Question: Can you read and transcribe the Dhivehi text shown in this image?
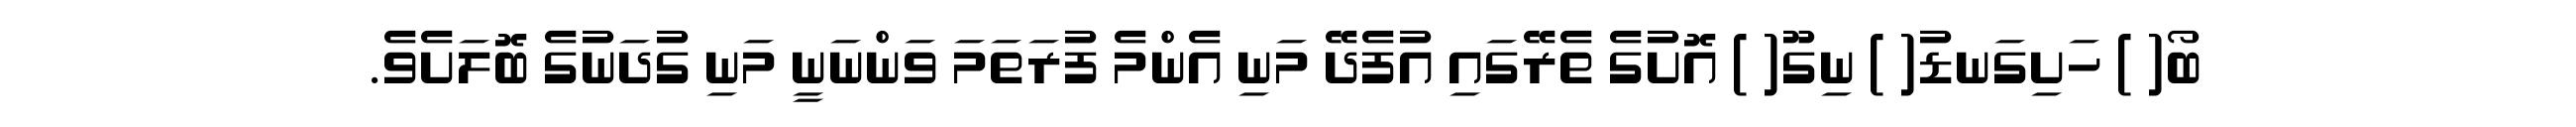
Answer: ބޯ( ) ހަށިގަނޑު( ) ނިގޫ( ) އޮށުގެ ތެރޭގައި އުފެދޭ މަނި އެންމެ ފުރަތަމަ ވަންނަނީ މަނި ގުދަނުގެ ބޮލަށެވެ.